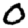
Digit: 0